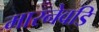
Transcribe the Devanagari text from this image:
मारनेवडि